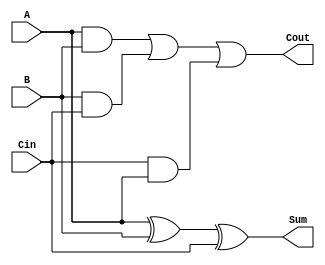
`timescale 1ns / 1ps
//////////////////////////////////////////////////////////////////////////////////
// Company: 
// Engineer: 
// 
// Design Name: 
// Module Name: full_adder
// Project Name: 
// Target Devices: 
// Tool Versions: 
// Description: 
// 
// Dependencies: 
// 
// Revision:
// Revision 0.01 - File Created
// Additional Comments:
// 
//////////////////////////////////////////////////////////////////////////////////


module full_adder(input A,input B,input Cin, output Sum, output Cout);
    assign Sum = (A ^ B) ^ Cin;
    assign Cout = (A & B) | (B & Cin) | (Cin & A);
endmodule